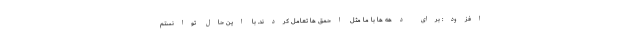
افزود: برای دهه ها با ما مثل احمق ها تعامل کردند. با این حال توانستم